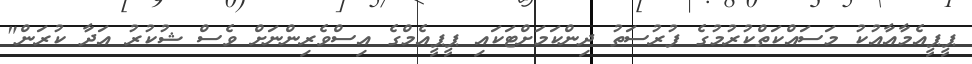
ޕީޕީއެމާއާއުކު މަސައްކަތްކުރުމުގެ ފުރުސަތު ދިންކަމަށްޓަކައި ޕީޕީއެމްގެ އިސްވެރިންނަށް ވެސް ޝުކުރު އަދާ ކުރަން"